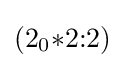
(2_{0}{*}2{:}2)